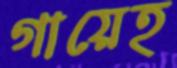
গায়েহ